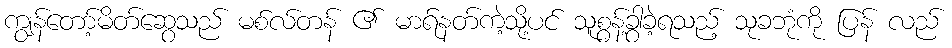
ကျွန်တော့်မိတ်ဆွေသည် မစ်လ်တန် ၏ မာရ်နတ်ကဲ့သို့ပင် သူစွန့်ခွာခဲ့ရသည့် သုခဘုံကို ပြန် လည်